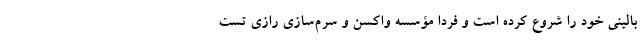
بالینی خود را شروع کرده است و فردا مؤسسه واکسن و سرم‌سازی رازی تست